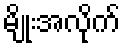
မျိုးအလိုက်